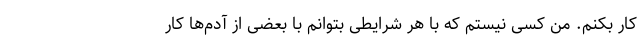
کار بکنم. من کسی نیستم که با هر شرایطی بتوانم با بعضی از آدم‌ها کار